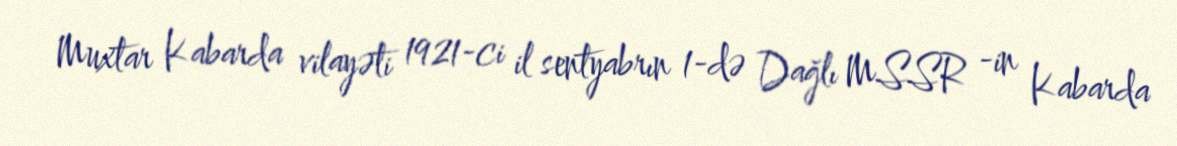
Muxtar Kabarda vilayəti 1921-ci il sentyabrın 1-də Dağlı MSSR -in Kabarda